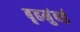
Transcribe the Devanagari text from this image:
बृहमुंबई